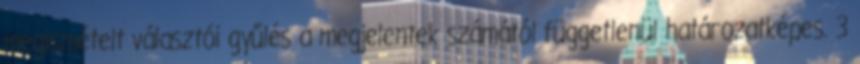
megismételt választói gyűlés a megjelentek számától függetlenül határozatképes. 3